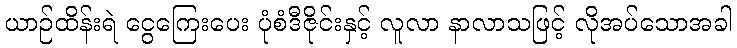
ယာဉ်ထိန်းရဲ ငွေကြေးပေး ပုံစံဒီဇိုင်းနှင့် လူလာ နာလာသဖြင့် လိုအပ်သောအခါ